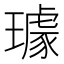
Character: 璩